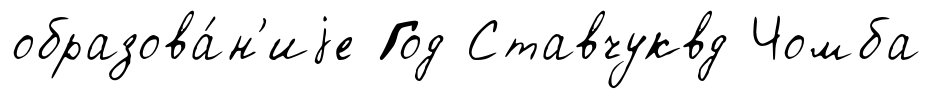
образова́н'иjе Год Ставчуквд Чомба